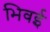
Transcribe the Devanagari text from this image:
भिवई